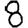
Digit: 8